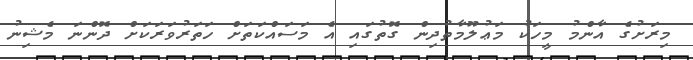
މިރަށުގެ އާންމު މީހަކު މަޢުލޫމާތުދިން ގޮތުގައި އެ މަސައްކަތަށް ހަތަރުވަރަކަށް ދޮންނަ މެޝިނު